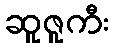
ဆူဇူကီး